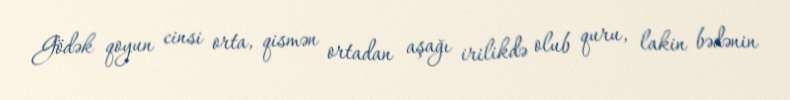
Gödək qoyun cinsi orta, qismən ortadan aşağı irilikdə olub quru, lakin bədənin